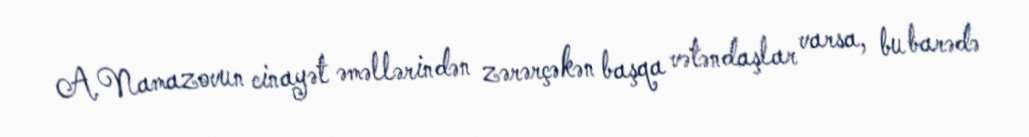
A.Namazovun cinayət əməllərindən zərərçəkən başqa vətəndaşlar varsa, bu barədə